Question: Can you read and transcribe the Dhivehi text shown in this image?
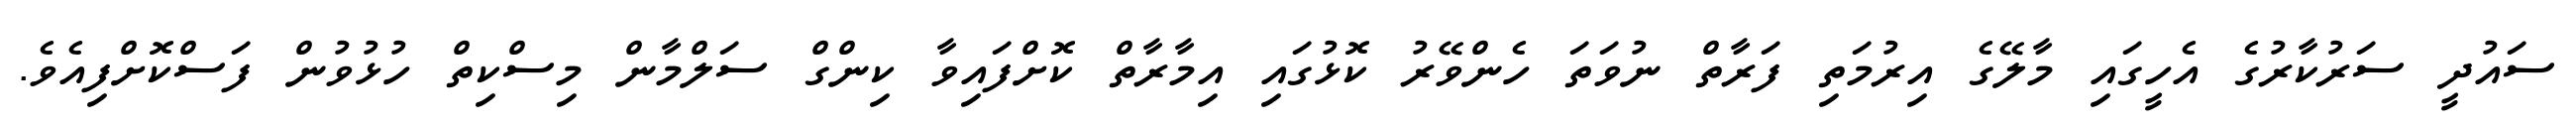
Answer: ސައުދީ ސަރުކާރުގެ އެހީގައި މާލޭގެ އިރުމަތި ފަރާތް ނުވަތަ ހެންވޭރު ކޮޅުގައި އިމާރާތް ކޮށްފައިވާ ކިންގް ސަލްމާން މިސްކިތް ހުޅުވުން ފަސްކޮށްފިއެވެ.